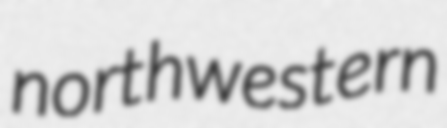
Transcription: northwestern